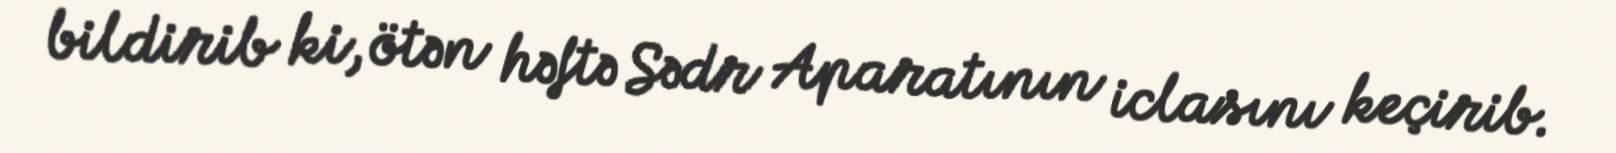
bildirib ki, ötən həftə Sədr Aparatının iclasını keçirib.